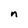
Character: n